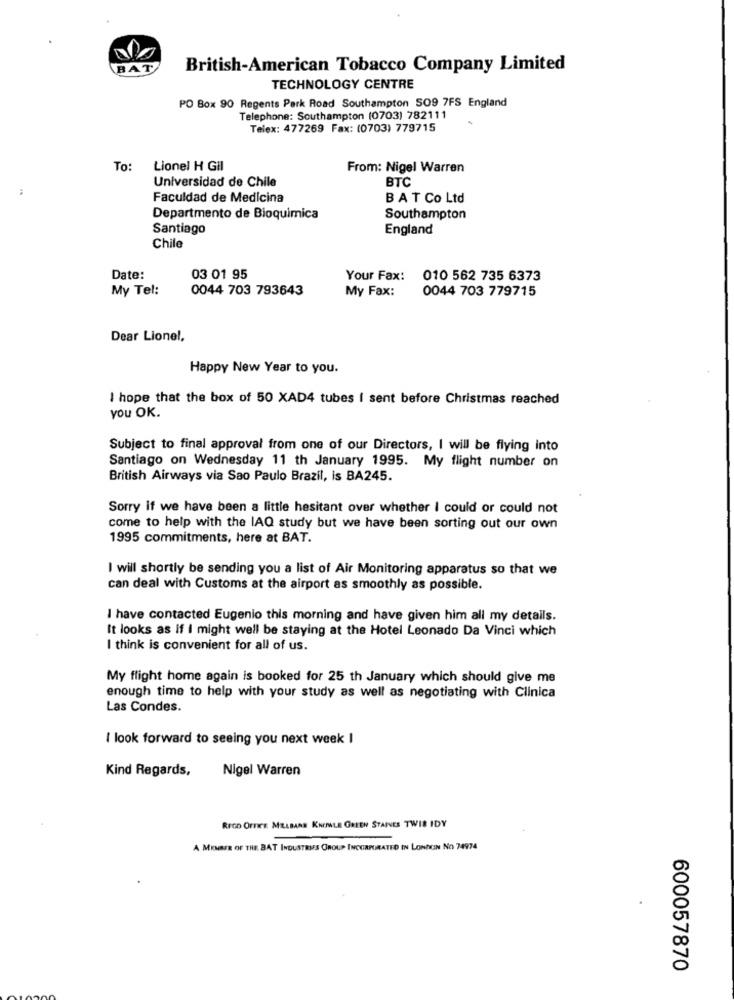
BAT
British-American Tobacco Company Limited
TECHNOLOGY CENTRE
PO Box 90 Regents Park Road Southampton SO9 7FS England
Telephone: Southampton (0703) 782111
Telex: 477269 Fax: (0703) 779715
To:
Lionel H Gil
From: Nigel Warren
Universidad de Chile
BTC
Faculdad de Medicina
BAT Co Ltd
Departmento de Bioquimica
Southampton
Santiago
England
Chile
Date:
03 01 95
Your Fax:
010 562 735 6373
My Tel:
0044 703 793643
0044 703 779715
My Fax:
Dear Lionel,
Happy New Year to you.
I hope that the box of 50 XAD4 tubes I sent before Christmas reached
you OK.
Subject to final approval from one of our Directors, I will be flying into
Santiago on Wednesday 11 th January 1995. My flight number on
British Airways via Sao Paulo Brazil, is BA245.
Sorry if we have been a little hesitant over whether I could or could not
come to help with the IAQ study but we have been sorting out our own
1995 commitments, here at BAT.
I will shortly be sending you a list of Air Monitoring apparatus so that we
can deal with Customs at the airport as smoothly as possible.
I have contacted Eugenio this morning and have given him all my details.
It looks as if I might well be staying at the Hotel Leonado Da Vinci which
think is convenient for all of us.
My flight home again is booked for 25 th January which should give me
enough time to help with your study as well as negotiating with Clinica
Las Condes.
I look forward to seeing you next week I
Kind Regards,
Nigel Warren
REGO OFFICE MILLBARN KNEPALE GREEN STAINES TWIS IDY
A MEMBER OF THE BAT INDUSTRIES GROUP INCORPORATED IN LONDON NO 74974
600057870